King Institute of Preventive Medicine Micro-Biological Section reports 1912-19
Year: 1912
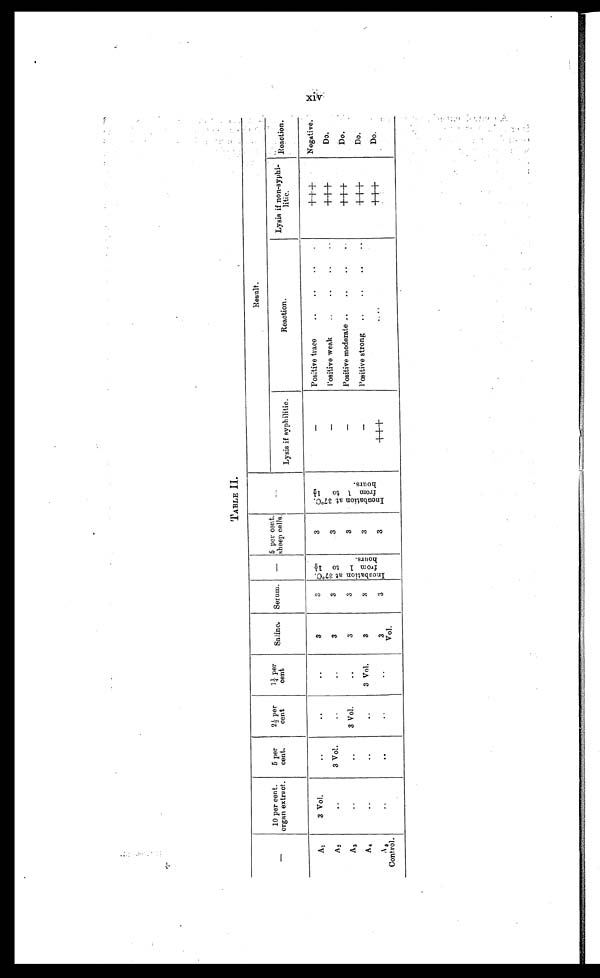
TABLE II.
—
10 per cent.
organ extract.
5 per
cent.
2½ per
cent
l¼ per
cent
Saline.
Serum.
—
5 p e r c e n t . s h e e p c e l l s .
—
Result.
Lysis if syphilitic.
Reaction.
Lysis if non-syphi-
litic.
R e a c t i o n .
A1
3 Vol.
. . .
. . .
. . .
3
3
I n c u b a t i o n a t 3 7 º C . f r o m 1 t o 1 ½ h o u r s .
3
I n c u b a t i o n a t 3 7 º C . f r o m 1 t o 1 ½ h o u r s .
—
Positive trace . . .
+ + + Negative.
A 2
. . .
3 Vol.
. . .
. . .
3
3
3
—
Positive weak . . .
+ + +
Do.
A 3
. . .
. . .
3 Vol.
. . .
3
3
3
—
Positive moderate . . .
+ + +
Do.
A4
. . . . . .
. . .
3 Vol.
3
3
3
—
Positive strong . . .
+ + +
Do.
A 5
Control.
. . .
. . .
. . .
. . .
3
Vol.
3
3
+ + +
. . .
+ + +
Do.
XIV